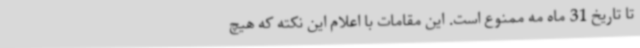
تا تاریخ 31 ماه مه ممنوع است. این مقامات با اعلام این نکته که هیچ‌